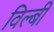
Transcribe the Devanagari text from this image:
विल्बी